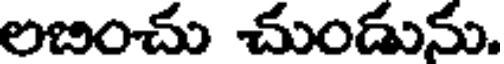
లబించు చుండును.